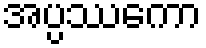
အပ္ပဿကော